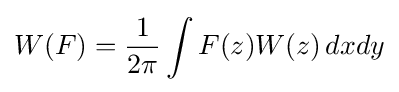
W(F)={1 \over 2\pi }\int F(z)W(z)\,dxdy